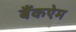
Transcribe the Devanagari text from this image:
बैंकऐम